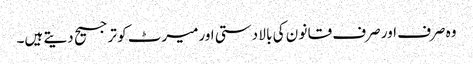
وہ صرف اور صرف قا نو ن کی با لا دستی اورمیرٹ کو ترجیح دیتے ہیں۔